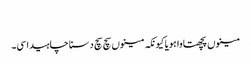
‏
مینوں پچھتاوا ہویا کیونکہ مینوں سچ سچ دسنا چاہیدا سی۔